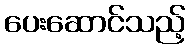
ပေးဆောင်သည့်